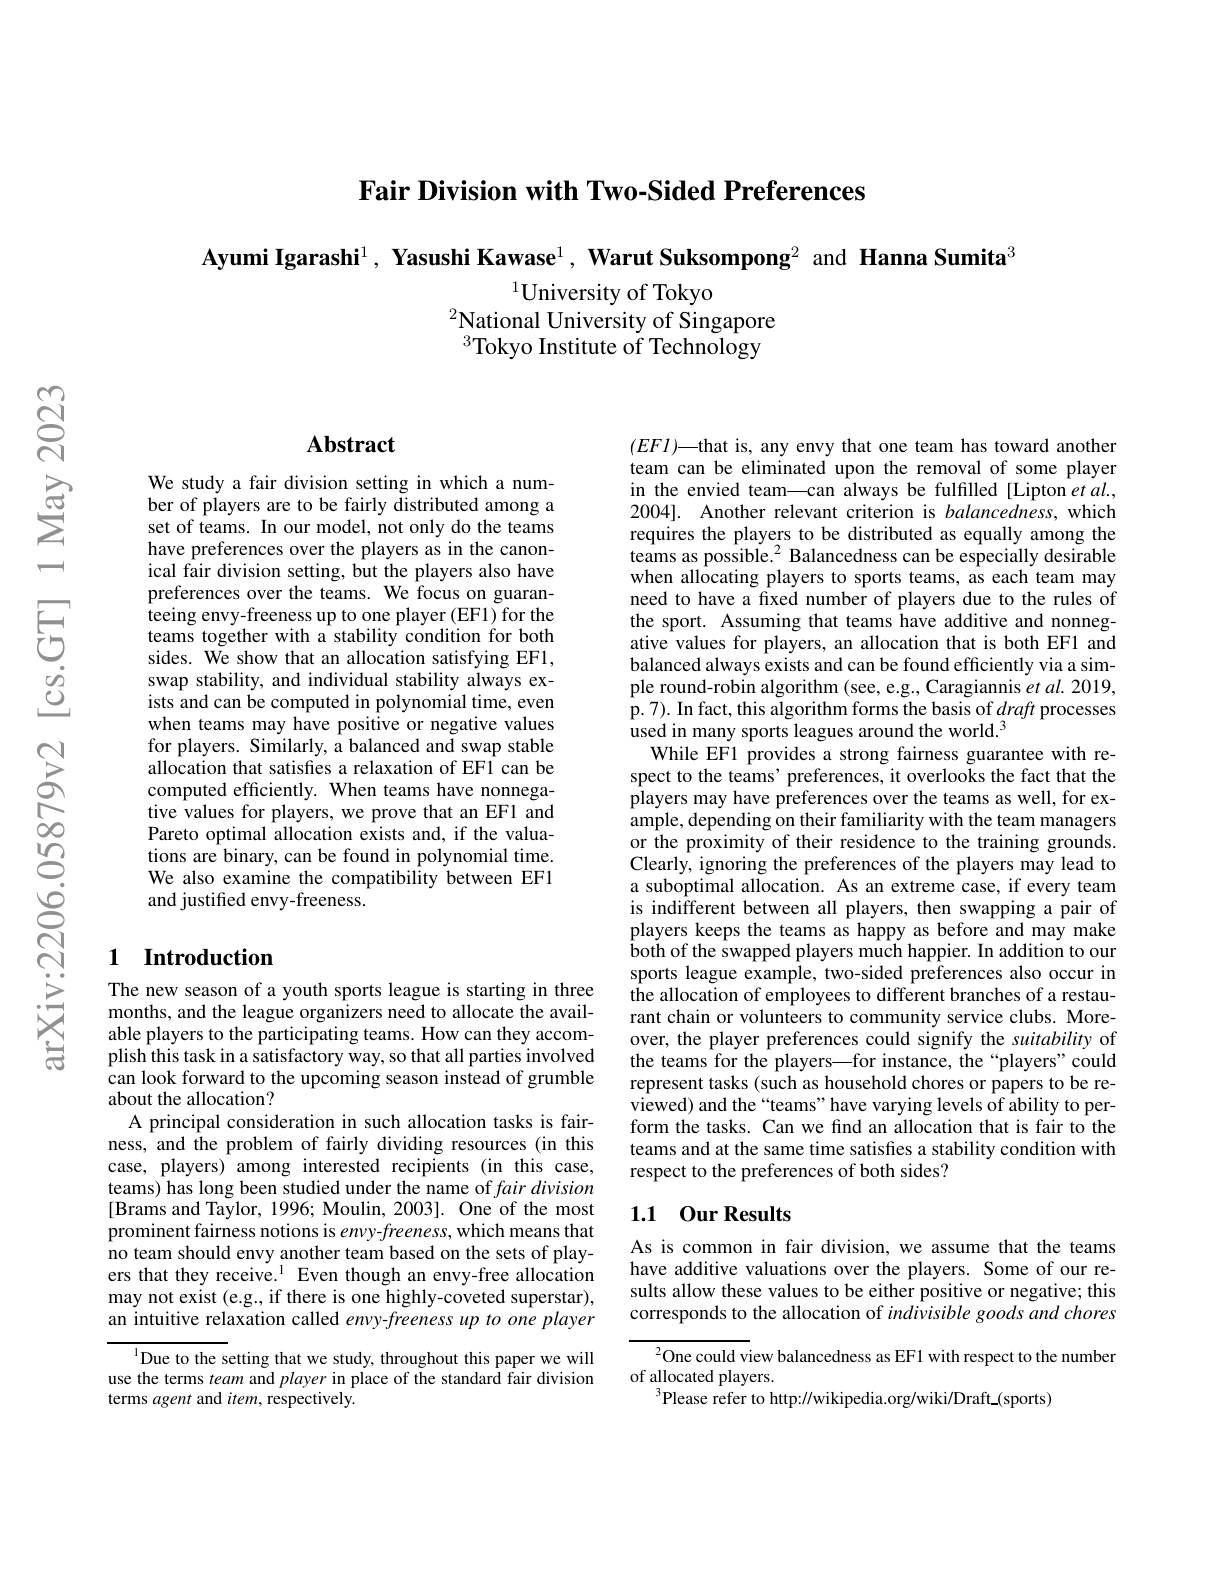
Fair Division with Two-Sided Preferences

$\textbf{Ayumi Igarashi}^1,\textbf{ Yasushi Kawase}^1,\textbf{ Warut Suksompong}^2$ and Hanna Sumita$^3$

$^{1}$University of Tokyo
$^{2}$National University of Singapore $^{3}$Tokyo Institute of Technology

## Abstract

We study a fair division setting in which a number of players are to be fairly distributed among a set of teams. In our model, not only do the teams have preferences over the players as in the canonical fair division setting, but the players also have preferences over the teams. We focus on guaranteeing envy-freeness up to one player (EF1) for the teams together with a stability condition for both sides. We show that an allocation satisfying EF1, swap stability, and individual stability always exists and can be computed in polynomial time, even when teams may have positive or negative values for players. Similarly, a balanced and swap stable allocation that satisfes a relaxation of EF1 can be computed efficiently. When teams have nonnegative values for players, we prove that an EF1 and Pareto optimal allocation exists and, if the valuations are binary, can be found in polynomial time. We also examine the compatibility between EF1 and justified envy-freeness.

## 1 Introduction

The new season of a youth sports league is starting in three months, and the league organizers need to allocate the available players to the participating teams. How can they accomplish this task in a satisfactory way, so that all parties involved can look forward to the upcoming season instead of grumble about the allocation?
A principal consideration in such allocation tasks is fairness, and the problem of fairly dividing resources (in this case, players) among interested recipients (in this case, teams) has long been studied under the name of $fair\textit{division}$ $[\tilde{\text{Brams and Taylor, 1996; Moulin, 2003]. One of the most}}$ prominent fairness notions is $envy-freeness$, which means that no team should envy another team based on the sets of players that they receive.$^{1}$ Even though an envy-free allocation may not exist (e.g., if there is one highly-coveted superstar), an intuitive relaxation called envy-freeness up to one player

${^{1}\text{Due to the setting that we study, throughout this paper we will}}$ use the terms team and player in place of the standard fair division terms agent and item, respectively.

$(EFl)—$that is, any envy that one team has toward another team can be eliminated upon the removal of some player in the envied team—can always be fulfilled[Lipton et al., 2004]. Another relevant criterion is balancedness, which requires the players to be distributed as equally among the teams as possible.$^2$ Balancedness can be especially desirable when allocating players to sports teams, as each team may need to have a fixed number of players due to the rules of the sport. Assuming that teams have additive and nonnegative values for players, an allocation that is both EF1 and balanced always exists and can be found efficiently via a simple round-robin algorithm (see, e.g., Caragiannis et $al.2019$, p. 7). In fact, this algorithm forms the basis of draft processes used in many sports leagues around the world.$^3$
While EF1 provides a strong fairness guarantee with respect to the teams' preferences, it overlooks the fact that the players may have preferences over the teams as well, for example, depending on their familiarity with the team managers or the proximity of their residence to the training grounds. Clearly, ignoring the preferences of the players may lead to a suboptimal allocation. As an extreme case, if every team is indifferent between all players, then swapping a pair of players keeps the teams as happy as before and may make both of the swapped players much happier. In addition to our sports league example, two-sided preferences also occur in the allocation of employees to different branches of a restaurant chain or volunteers to community service clubs. Moreover, the player preferences could signify the suitability of the teams for the players—for instance, the“players”could represent tasks (such as household chores or papers to be reviewed) and the “teams” have varying levels of ability to perform the tasks. Can we find an allocation that is fair to the teams and at the same time satisfes a stability condition with respect to the preferences of both sides?

## 1.1 0ur Results

As is common in fair division, we assume that the teams have additive valuations over the players. Some of our results allow these values to be either positive or negative; this corresponds to the allocation of indivisible goods and chores

$^{2}$One could view balancedness as EF1 with respect to the number
of allocated players.
$^3$Please refer to http://wikipedia.org/wiki/Draft$_\mathrm{(sports)}$